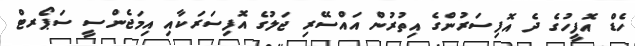
ހެޑް އޮފީހުގެ ދެ އޮފިސަރުންގެ އިތުރުން އައްސޭރި ޖަލުގެ އޮފިސަރަކާއި އިމަޖެންސީ ސަޕޯރޓް